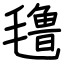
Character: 氇